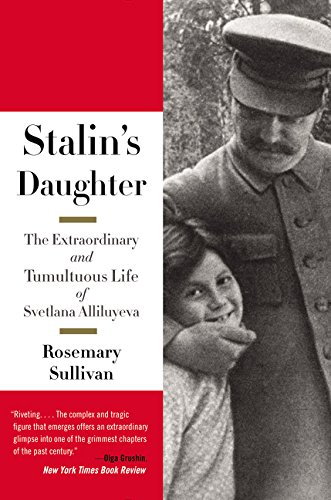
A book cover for Stalin's Daughter: The Extraordinary and Tumultuous Life of Svetlana Alliluyeva; Rosemary Sullivan; Biographies & Memoirs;